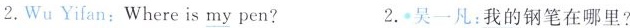
2.Wu Yifan:Where is \underline{my} pen? 2.吴一凡:\underline{我的}钢笔在哪里?